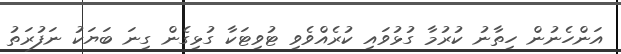
އަންހެނުން ހިތާނު ކުރުމާ ގުޅުވައި ކުރެއްވެވި ޓުވިޓަކާ ގުޅިގެން ގިނަ ބަޔަކު ނަފުރަތު